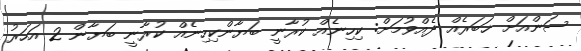
ސަންއަށް ޚަބަރެއް ދެއްވުމަށް: ކިހިނެއް ކުރާނީ ބަޔާންކިހިނެއް ކުރާނީ ބަޔާން 2 އަހަރު